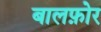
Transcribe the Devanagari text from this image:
बालफ़ोर